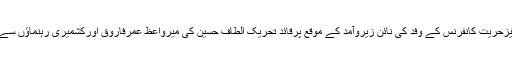
آل پارٹیزحریت کانفرنس کے وفد کی نائن زیروآمد کے موقع پرقائد تحریک الطاف حسین کی میرواعظ عمرفاروق اورکشمیری رہنماؤں سے گفتگو۔